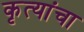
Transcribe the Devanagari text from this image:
कृत्यांचा